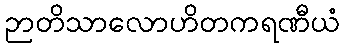
ဉာတိသာလောဟိတကရဏီယံ